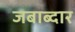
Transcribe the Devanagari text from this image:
जबाब्दार